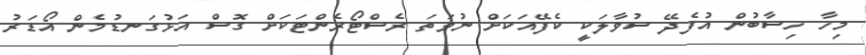
މިހާ ހިސާބުން އުފެދޭ ސުވާލަކީ ކެފޭއަކަށް ނުވަތަ ރެސްޓޯރެންޓަކަށް ގޮސް އަޅުގަނޑުމެން އޯޑަރު